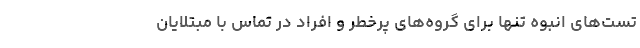
تست‌های انبوه تنها برای گروه‌های پرخطر و افراد در تماس با مبتلایان